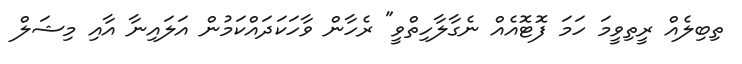
ތިބިލެއް ރީތިވީމަ ހަމަ ފޮޓޮއެއް ނެގާލާހިތްވީ" ރެހާން ވާހަކަދައްކަމުން އަލައިނާ އާއި މިޝަލް